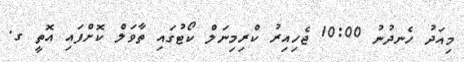
މިއަދު ހެނދުނު 10:00 ޖެހިއިރު ކްރިމިނަލް ކޯޓުގައި ތާވަލް ކޮށްފައި އޮތީ ގ.